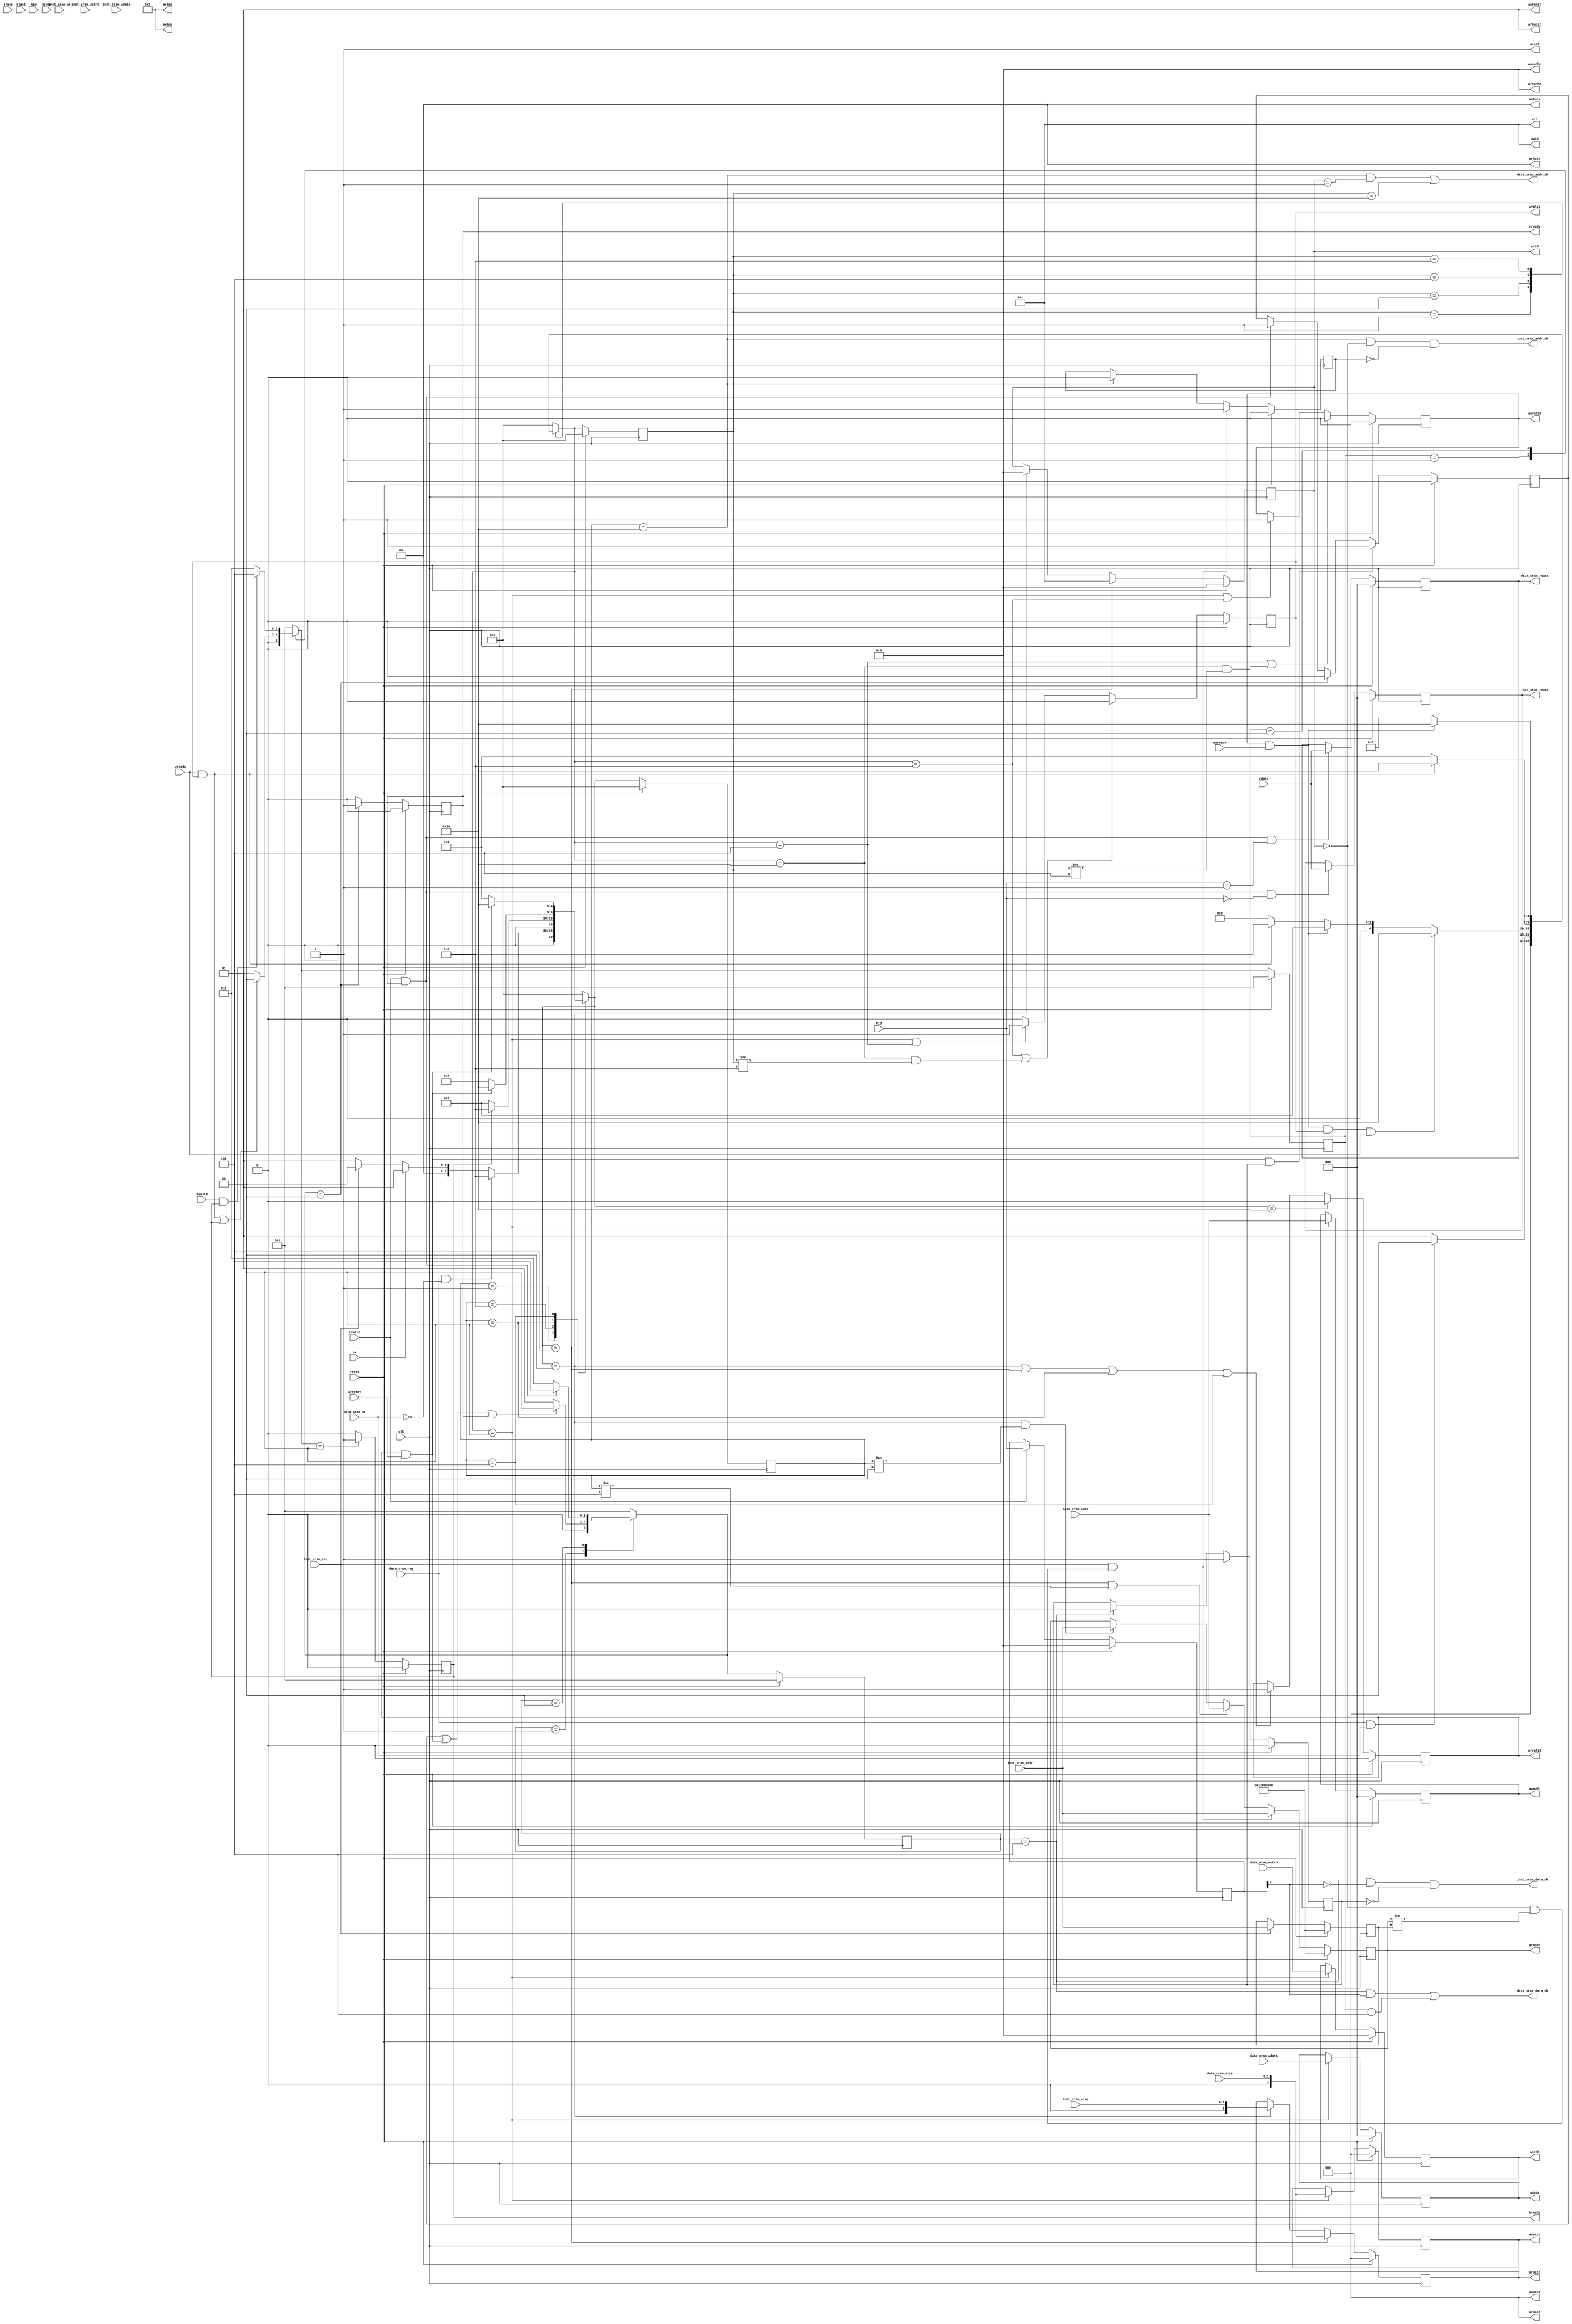
`define RREQ_RST        5'b00001
`define RREQ_INST_VALID 5'b00010
`define RREQ_DATA_VALID 5'b00100
`define RREQ_BLOCK      5'b01000
`define RREQ_RET        5'b10000

`define WREQ_RST        5'b00001
`define WREQ_START      5'b00010
`define WREQ_AW_VALID   5'b00100
`define WREQ_W_VALID    5'b01000
`define WREQ_RET        5'b10000

`define R_RST           3'b001
`define R_VALID         3'b010
`define R_RET           3'b100

`define W_RST           3'b001
`define W_VALID         3'b010
`define W_RET           3'b100

module bridge(
    input wire        clk,
    input wire        reset,
    input wire ex,
    // inst sram interface
    input wire        inst_sram_req,
    input wire        inst_sram_wr,
    input wire [ 1:0] inst_sram_size,
    input wire [31:0] inst_sram_addr,
    input wire [ 3:0] inst_sram_wstrb,
    input wire [31:0] inst_sram_wdata,
    output wire        inst_sram_addr_ok,
    output wire        inst_sram_data_ok,
    output wire [31:0] inst_sram_rdata,

    // data sram interface
    input wire        data_sram_req,
    input wire        data_sram_wr,
    input wire [ 1:0] data_sram_size,
    input wire [31:0] data_sram_addr,
    input wire [ 3:0] data_sram_wstrb,
    input wire [31:0] data_sram_wdata,
    output wire        data_sram_addr_ok,
    output wire        data_sram_data_ok,
    output wire [31:0] data_sram_rdata,

    //read request
    output wire [ 3:0] arid,
    output wire [31:0] araddr,
    output wire [ 7:0] arlen,
    output wire [ 2:0] arsize,
    output wire [ 1:0] arburst,
    output wire [ 1:0] arlock,
    output wire [ 3:0] arcache,
    output wire [ 2:0] arprot,
    output wire        arvalid,

    input wire        arready,

    //read response
    output wire rready,

    input wire [ 3:0] rid,
    input wire [31:0] rdata,
    input wire [ 1:0] rresp,
    input wire        rlast,
    input wire        rvalid,

    //write request
    output wire [ 3:0] awid,
    output wire [31:0] awaddr,
    output wire [ 7:0] awlen,
    output wire [ 2:0] awsize,
    output wire [ 1:0] awburst,
    output wire [ 1:0] awlock,
    output wire [ 3:0] awcache,
    output wire [ 2:0] awprot,
    output wire        awvalid,

    input wire        awready,

    //write data
    output wire [ 3:0] wid,
    output wire [31:0] wdata,
    output wire [ 3:0] wstrb,
    output wire        wlast,
    output wire        wvalid,

    input wire        wready,

    //write response
    output wire        bready,

    input wire [ 3:0] bid,
    input wire [ 1:0] bresp,
    input wire        bvalid
);

reg [ 4:0] rreq_current_state;
reg [ 4:0] rreq_next_state;
reg [ 4:0] wr_current_state;//wr->write_request
reg [ 4:0] wr_next_state;
reg [ 2:0] r_current_state;
reg [ 2:0] r_next_state;
reg [ 2:0] w_current_state;
reg [ 2:0] w_next_state;
reg        chg_when_req;

reg [31:0] inst_addr_delay;

reg        chg_data_when_req;

reg        rready_buf;
reg        bready_buf;
reg        inst_sram_data_ok_buf;
reg [31:0] inst_sram_rdata_buf;
reg        data_sram_data_ok_buf;
reg [31:0] data_sram_rdata_buf;
reg [ 3:0] rid_buf;

reg [ 3:0] arid_buf;
reg [31:0] araddr_buf;
reg [ 2:0] arsize_buf;
reg        arvalid_buf;

reg [31:0] wraddr_buf;
reg [ 2:0] wrsize_buf;
reg        wrvalid_buf;    

reg [31:0] wdata_buf;
reg [ 3:0] wstrb_buf;
reg        wvalid_buf;

assign arid = arid_buf;
assign araddr = araddr_buf;
assign arlen = 8'b0;
assign arsize = arsize_buf;
assign arburst = 2'b01;
assign arlock = 2'b0;
assign arcache = 4'b0;
assign arprot = 3'b0;
assign arvalid = arvalid_buf;

assign wid     = 4'b1;
assign wlast   = 1'b1;

assign awid    = 4'b1;
assign awlen   = 8'b0;
assign awburst = 2'b01;
assign awlock  = 2'b0;
assign awcache = 4'b0;
assign awprot  = 3'b0;

/****************************inst_sram data_sram ********************************/
always@(posedge clk) begin
    if(reset) begin
        inst_addr_delay <= 32'h1c00_0000;
    end
    else if(inst_sram_req) begin
        inst_addr_delay <= inst_sram_addr;
    end
end

always @(posedge clk) begin
    if(reset) begin
        inst_sram_rdata_buf <= 32'b0;
    end
    else if(rvalid && rready && (rid == 4'b0)) begin
        inst_sram_rdata_buf <= rdata;
    end
end

always @(posedge clk) begin
    if(reset) begin
        data_sram_rdata_buf <= 32'b0;
    end
    else if(rvalid && rready && (rid == 4'b1)) begin
        data_sram_rdata_buf <= rdata;
    end
end

assign data_sram_rdata = data_sram_rdata_buf;
assign inst_sram_rdata = inst_sram_rdata_buf;
assign inst_sram_data_ok = (r_current_state == `R_RET && !rid_buf[0] && !chg_data_when_req);
assign data_sram_data_ok = (r_current_state == `R_RET && rid_buf[0]) || (w_current_state == `W_RET && wid == 4'b1);
assign inst_sram_addr_ok = (rreq_current_state == `RREQ_RET) && (arid == 4'b0) && !chg_when_req;
assign data_sram_addr_ok = (rreq_current_state == `RREQ_RET) && (arid == 4'b1) || (wr_current_state == `WREQ_RET) && (awid == 4'b1);

/****************************inst_sram data_sram ********************************/


/****************************AR**************************************************/
always@(posedge clk) begin
    if(reset) begin
        arid_buf <= 4'b0;
    end
    else if(rreq_next_state == `RREQ_DATA_VALID) begin
        arid_buf <= 4'b1;
    end
    else if(rreq_next_state == `RREQ_INST_VALID) begin
        arid_buf <= 4'b0;
    end
end //every time before sending the request, set arid_buf to correct value. then it will automatically stay correct, until next we need to use it.

always@(posedge clk) begin
    if(reset) begin
        araddr_buf <= 32'h1c000000;
    end
    else if(inst_sram_req && ((arid == 4'b0) && (araddr_buf != inst_addr_delay))) begin
        araddr_buf <= inst_sram_addr;
    end
    else if((rreq_next_state == `RREQ_DATA_VALID) && (rreq_current_state != `RREQ_DATA_VALID)) begin
        araddr_buf <= data_sram_addr;
    end
    else if((rreq_next_state == `RREQ_INST_VALID) && (rreq_current_state != `RREQ_INST_VALID)) begin
        araddr_buf <= inst_sram_addr;
    end
end //why not "when rreq_current_state == `RREQ_INST_VALID, araddr_buf <= inst_sram_addr"? because you are not allowed to change any relevant data when waiting for arready.

always@(posedge clk) begin
    if(reset) begin
        arsize_buf <= 3'b0;
    end
    else if(rreq_next_state == `RREQ_DATA_VALID) begin
        arsize_buf <= {1'b0, data_sram_size};
    end
    else if(rreq_next_state == `RREQ_INST_VALID) begin
        arsize_buf <= {1'b0, inst_sram_size};
    end
end

always@(posedge clk) begin
    if(reset) begin
        arvalid_buf <= 1'b0;
    end
    /*else if(rreq_next_state == `RREQ_RST) begin
        arvalid_buf <= 1'b0;
    end*/
    else if(rreq_next_state == `RREQ_RET) begin
        arvalid_buf <= 1'b0;
    end
    else if((rreq_next_state == `RREQ_INST_VALID) || (rreq_next_state == `RREQ_DATA_VALID) || (rreq_current_state == `RREQ_INST_VALID) || (rreq_current_state == `RREQ_DATA_VALID)) begin
        arvalid_buf <= 1'b1;
    end
end
/****************************AR**************************************************/

/****************************R & W *************************************************/
always @(posedge clk) begin
    if(reset) begin
        rid_buf <= 4'b0;
    end
    else if(rvalid) begin
        rid_buf <= rid;
    end
    else begin
        rid_buf <= rid_buf;
    end
end

always @(posedge clk) begin
    if(reset) begin
        rready_buf <= 1'b0;
    end
    /*else if(r_next_state == `R_RST) begin
        rready_buf <= 1'b0;
    end*/
    else if(r_next_state == `R_VALID) begin
        rready_buf <= 1'b1;
    end 
    else 
        rready_buf <= 1'b0;
end
assign rready = rready_buf;

always @(posedge clk) begin
    if(reset) begin
        bready_buf <= 1'b0;
    end
    else if(w_next_state == `W_VALID) begin
        bready_buf <= 1'b1;
    end
    else begin
        bready_buf <= 1'b0;
    end
end
assign bready = bready_buf;

/****************************R & W *************************************************/

//wr_current_state,
always @(posedge clk) begin
    if(reset)
        wr_current_state <= `WREQ_RST;//reset
    else
        wr_current_state <= wr_next_state;
end

//wdata, wdata_buf
always @(posedge clk) begin
    if(reset)
        wdata_buf <= 32'b0;
    else if(wr_next_state == `WREQ_START)
        wdata_buf <= data_sram_wdata;
end
assign wdata = wdata_buf;

//wstrb, wstrb_buf
always @(posedge clk) begin
    if(reset)
        wstrb_buf <= 32'b0;
    else if(wr_next_state == `WREQ_START)
        wstrb_buf <= data_sram_wstrb;
end
assign wstrb = wstrb_buf;   

//wvalid, wvalid_buf
always @(posedge clk) begin
    if(reset)
        wvalid_buf <= 1'b0;
    else if(wr_next_state == `WREQ_W_VALID || wr_next_state == `WREQ_RET && wr_current_state != `WREQ_W_VALID)
        wvalid_buf <= 1'b0;
    else if(wr_next_state == `WREQ_START || wr_next_state == `WREQ_AW_VALID)
        wvalid_buf <= 1'b1;
    else 
        wvalid_buf <= 1'b0;      
end
assign wvalid = wvalid_buf;

//awaddr, wraddr_buf
always @(posedge clk) begin
    if(reset) begin
        wraddr_buf <= 32'b0;
    end
    else if(wr_next_state == `WREQ_START)
        wraddr_buf <= data_sram_addr;
end
assign awaddr = wraddr_buf;

//awsize, wrsize_buf
always @(posedge clk) begin
    if(reset)
        wrsize_buf <= 3'b0;
    else if(wr_next_state == `WREQ_START)
        wrsize_buf <= {1'b0, data_sram_size};
end
assign awsize = wrsize_buf;

//awvalid, wrvalid_buf
always @(posedge clk) begin
    if(reset)
        wrvalid_buf <= 1'b0;
    else if(wr_next_state == `WREQ_AW_VALID || wr_next_state == `WREQ_RET && wr_current_state != `WREQ_AW_VALID)
        wrvalid_buf <= 1'b0;
    else if(wr_next_state == `WREQ_START || wr_next_state == `WREQ_W_VALID)
        wrvalid_buf <= 1'b1;
    else
        wrvalid_buf <= wrvalid_buf;
end    
assign awvalid = wrvalid_buf;

always@(posedge clk) begin
    if(reset) begin
        chg_when_req <= 1'b0;
    end
    else if(inst_sram_req && ((arid == 4'b0) && (araddr_buf != inst_addr_delay))) begin
        chg_when_req <= 1'b1;
    end
    else if(rreq_current_state == `RREQ_RET) begin//current_state
        chg_when_req <= 1'b0;
    end
end
/*************************************************************************************************/
always@(posedge clk) begin
    if(reset) begin
        chg_data_when_req <= 1'b0;
    end
    else if(inst_sram_req && ((arid == 4'b0) && (araddr_buf != inst_addr_delay))) begin
        chg_data_when_req <= 1'b1;
    end
    else if(r_current_state == `R_RET) begin//current_state
        chg_data_when_req <= 1'b0;
    end
end
/***************************************************************************************************/
always@(posedge clk) begin
    if(reset) begin
        rreq_current_state <= `RREQ_RST;
    end
    else begin
        rreq_current_state <= rreq_next_state;
    end
end

always @(posedge clk) begin
    if(reset) begin
        r_current_state <= `R_RST;
        w_current_state <= `W_RST;
    end
    else begin
        r_current_state <= r_next_state;
        w_current_state <= w_next_state;
    end
end


/************************************************FSM*****************************************/
always@(*) begin
    case(rreq_current_state)
        `RREQ_RST: begin
            if(data_sram_req && ~data_sram_wr) begin
                rreq_next_state = `RREQ_BLOCK;
            end
            else if(ex) begin
                rreq_next_state = `RREQ_RST;
            end
            else if(inst_sram_req) begin
                rreq_next_state = `RREQ_INST_VALID;
            end
            else begin
                rreq_next_state = `RREQ_RST;//next_state
            end
        end

        `RREQ_BLOCK: begin
            if(bready) begin
                rreq_next_state = `RREQ_BLOCK; //once there is any write waiting for response, block any read until write successfully.
            end
            /*else if(!data_sram_req) begin
                rreq_next_state = `RREQ_RST;
            end*/
            else begin
                rreq_next_state = `RREQ_DATA_VALID;
            end
        end

        `RREQ_INST_VALID: begin
            if(arvalid && arready) begin
                rreq_next_state = `RREQ_RET;
            end
            /*else if(!inst_sram_req && !arready) begin
                rreq_next_state = `RREQ_RST;
            end*/
            else begin
                rreq_next_state = `RREQ_INST_VALID;
            end
        end

        `RREQ_DATA_VALID: begin
            if(arvalid && arready) begin
                rreq_next_state = `RREQ_RET;
            end
            /*else if(!data_sram_req) begin
                rreq_next_state = `RREQ_RST;
            end*/
            else begin
                rreq_next_state = `RREQ_DATA_VALID;
            end
        end

        `RREQ_RET: begin
            rreq_next_state = `RREQ_RST;
        end

        default: rreq_next_state = `RREQ_RST;
    endcase
end

reg         shaken_buf;
always@(posedge clk) begin
    if(reset) begin
        shaken_buf <= 1'b0;
    end
    else if(arvalid && arready && chg_data_when_req) begin
        shaken_buf <= 1'b1;
    end
    else if(r_next_state == `R_VALID) begin
        shaken_buf <= 1'b0;
    end
    else if(/*r_next_state == `R_VALID*/rready && rvalid) begin
        shaken_buf <= 1'b1;
    end
end

always @(*) begin 
    case(r_current_state)
        `R_RST: begin
            /*if(rreq_current_state == `RREQ_INST_VALID && rreq_next_state == `RREQ_RST && !rvalid) begin
                r_next_state = `R_RST;
            end*/
            if(shaken_buf || arready && arvalid || rready) begin
                r_next_state = `R_VALID;
            end
            else begin
                r_next_state = `R_RST;
            end
        end

        `R_VALID: begin
            if(rvalid && rready) begin
                r_next_state = `R_RET;
            end
            /*else if(rreq_current_state == `RREQ_INST_VALID && rreq_next_state == `RREQ_RST && !rvalid) begin
                r_next_state = `R_RST;
            end*/
            else begin
                r_next_state = `R_VALID;
            end
        end

        `R_RET: begin
            r_next_state = `R_RST;
        end

        default: r_next_state = `R_RST;
    endcase
end

always @(*) begin 
    case(w_current_state)
        `W_RST: begin
            if(wready && wvalid || bready) begin
                w_next_state = `W_VALID;
            end
            else begin
                w_next_state = `W_RST;
            end
        end

        `W_VALID: begin
            if(bvalid && bready) begin
                w_next_state = `W_RET;
            end
            else begin
                w_next_state = `W_VALID;
            end
        end

        `W_RET: begin
            begin
                w_next_state = `W_RST;
            end
        end

        default: w_next_state = `R_RST;
    endcase
end

always @(*) begin
    case(wr_current_state)
        `WREQ_RST: begin
            if(data_sram_req && data_sram_wr)
                wr_next_state = `WREQ_START;
            else
                wr_next_state = `WREQ_RST;
        end
        `WREQ_START: begin
            if(awvalid && awready && wvalid && wready)
                wr_next_state = `WREQ_RET;
            else if(awvalid && awready)
                wr_next_state = `WREQ_AW_VALID;
            else if(wvalid && wready)
                wr_next_state = `WREQ_W_VALID;
            else 
                wr_next_state = `WREQ_START;
        end
        `WREQ_AW_VALID: begin
            if(wvalid && wready)
                wr_next_state = `WREQ_RET;
            else
                wr_next_state = `WREQ_AW_VALID;
        end
        `WREQ_W_VALID: begin
            if(awvalid && awready)
                wr_next_state = `WREQ_RET;
            else
                wr_next_state = `WREQ_W_VALID;
        end
        `WREQ_RET: begin
            wr_next_state = `WREQ_RST;
        end
        default:
            wr_next_state = `WREQ_RST;
    endcase
end

endmodule